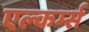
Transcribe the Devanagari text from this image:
एल्कर्म्स